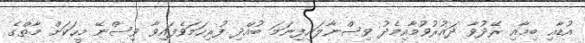
އުޑާއި ބިމާއި ރޭދުވާ ދައުރުވުމާއިމެދު ވިސްނާލައިފިނަމަ ބުއްދި ފުރިހަމަވެފައިވާ ވިސްނޭ މީހަކަށް މާތްގެ